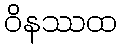
ဝိနဿထ